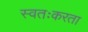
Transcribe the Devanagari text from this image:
स्वतःकरता